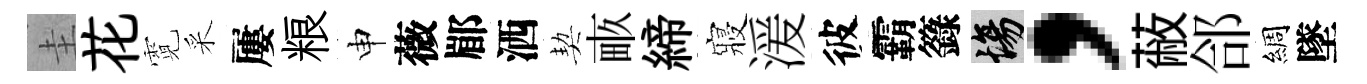
圭花霓采屢粮申薇郿洒契畞締寢湲彼霸籙場，蔽郃綢墜